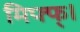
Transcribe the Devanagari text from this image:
मिफ्फ्।